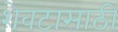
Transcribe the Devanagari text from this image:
शेवटासाठी